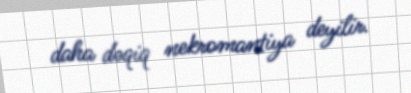
daha dəqiq nekromantiya deyilir.